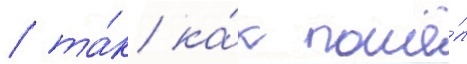
/ та́к ка́к пошё́л